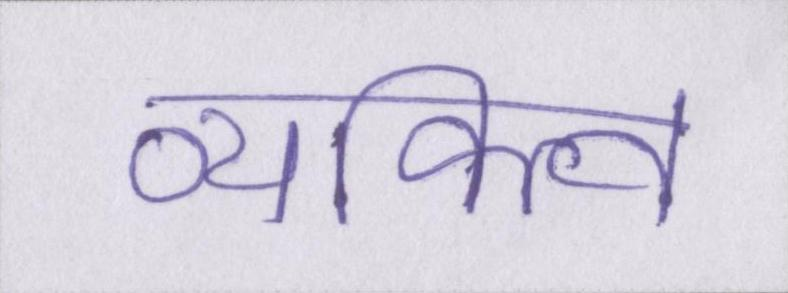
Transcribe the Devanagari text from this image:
व्यक्त्वि